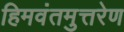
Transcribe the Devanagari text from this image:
हिमवंतमुत्तरेण